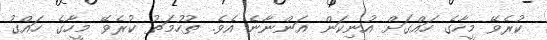
ކުރެވޭ މީހާގެ ހައްގަށް އުނިކަން އަންނާނެ އެވެ. ތުހުމަތު ކުރެވޭ މީހާގެ ހައްގު